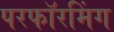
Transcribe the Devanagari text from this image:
परफॉरमिंग